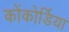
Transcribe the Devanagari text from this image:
कोंकोर्डिया